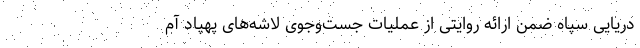
دریایی سپاه ضمن ارائه روایتی از عملیات جست‌وجوی لاشه‌های پهپاد آم